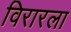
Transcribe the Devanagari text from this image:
विरारला